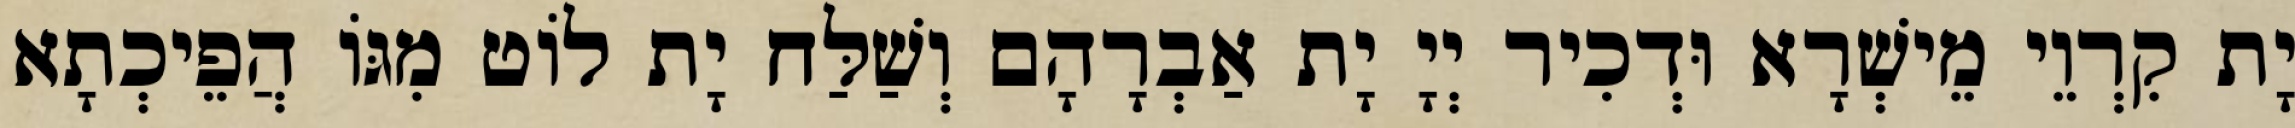
יָת קִרְוֵי מֵישְׁרָא וּדְכִיר יְיָ יָת אַבְרָהָם וְשַׁלַּח יָת לוֹט מִגּוֹ הֲפֵיכְתָא